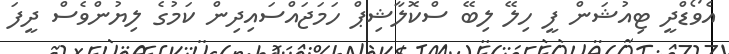
އެވޯޑްދީ ޓިއުޝަން ފީ ހިލޭ ލިބޭ ސްކޮލާޝިޕް ހަމަޖައްސައިދިން ކަމުގެ ލިޔުންވެސް ދީފަ